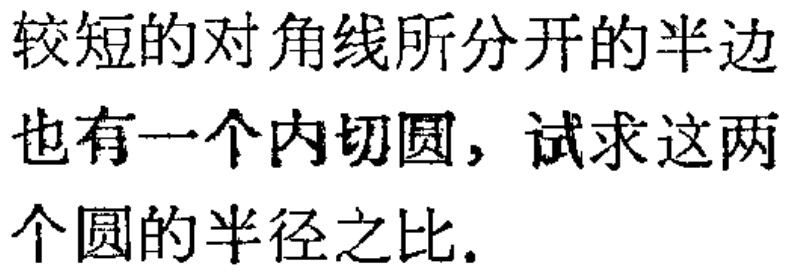
较短的对角线所分开的半边也有一个内切圆，试求这两个圆的半径之比.